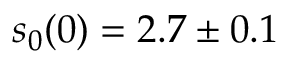
s _ { 0 } ( 0 ) = 2 . 7 \pm 0 . 1